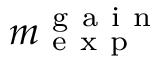
m _ { \mathrm { ~ e ~ x ~ p ~ } } ^ { \mathrm { ~ g ~ a ~ i ~ n ~ } }